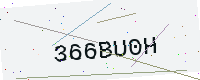
Text: 366BU0H